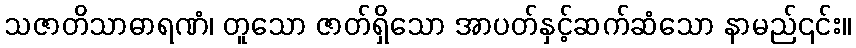
သဇာတိသာဓာရဏံ၊ တူသော ဇာတ်ရှိသော အာပတ်နှင့်ဆက်ဆံသော နာမည်၎င်း။